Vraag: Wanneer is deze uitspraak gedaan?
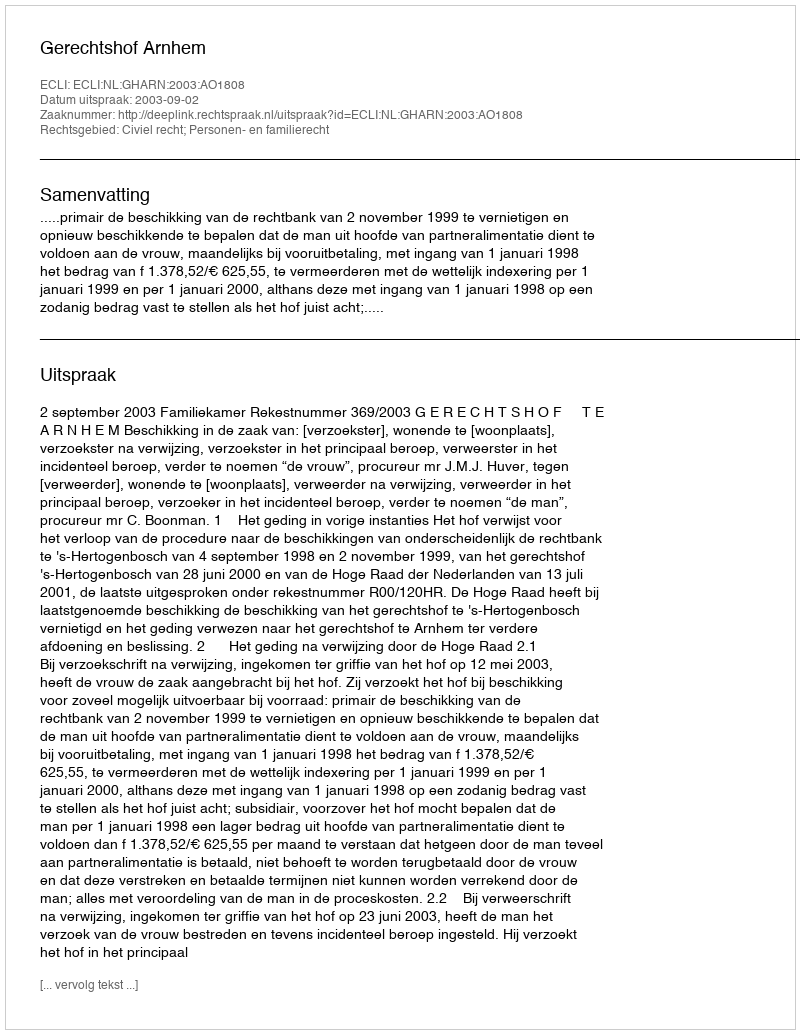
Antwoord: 2003-09-02